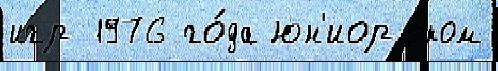
игр 1976 го́да юн'иорском